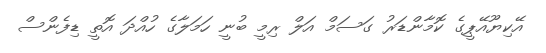
އޭކިޔޫއޭޕީގެ ކޮމާންޑަރު ގަސަމް އަލް ރިމީ ބުނީ ހަމަލާގެ ހުއްދަ އޮތީ ޑިފެންސް